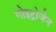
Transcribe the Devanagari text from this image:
गोइट्रोजेन